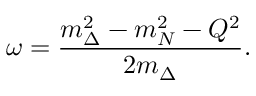
\omega = \frac { m _ { \Delta } ^ { 2 } - m _ { N } ^ { 2 } - Q ^ { 2 } } { 2 m _ { \Delta } } .